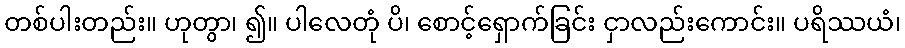
တစ်ပါးတည်း။ ဟုတွာ၊ ၍။ ပါလေတုံ ပိ၊ စောင့်ရှောက်ခြင်း ငှာလည်းကောင်း။ ပရိဿယံ၊